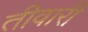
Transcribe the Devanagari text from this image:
तीवारी